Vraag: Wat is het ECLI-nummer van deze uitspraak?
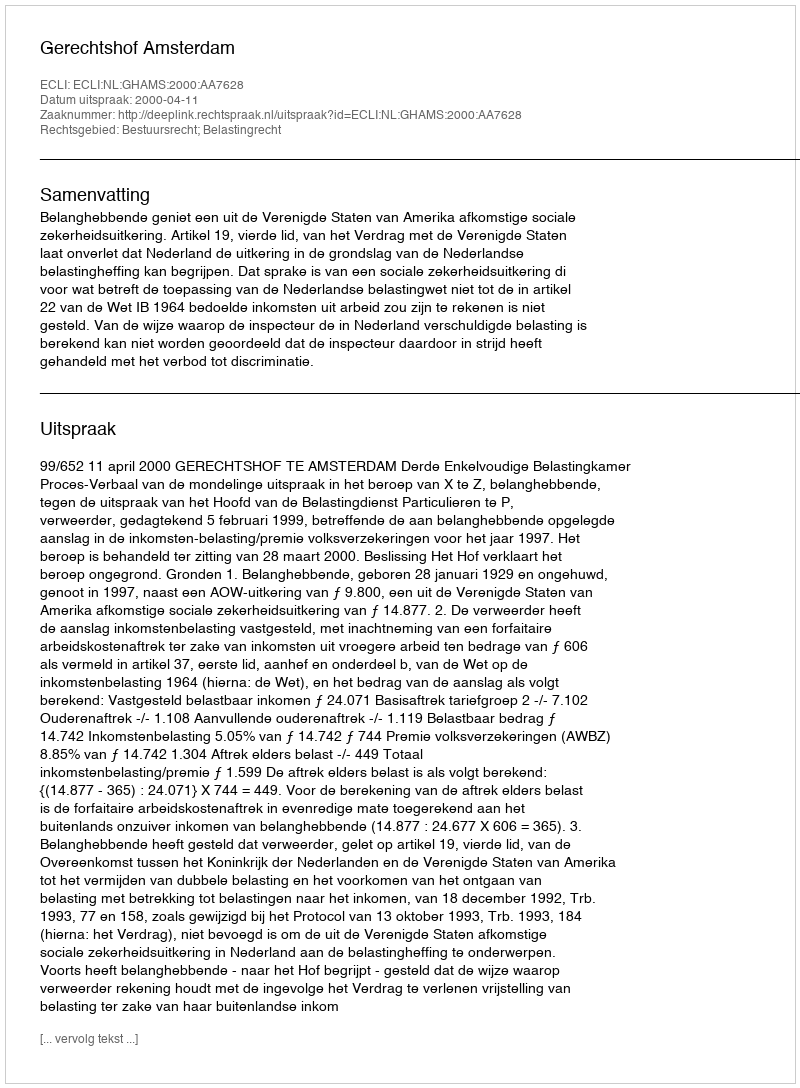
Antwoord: ECLI:NL:GHAMS:2000:AA7628